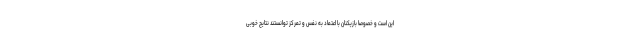
این است و خصوصا بازیکنان با اعتماد به نفس و تمرکز توانستند نتایج خوبی